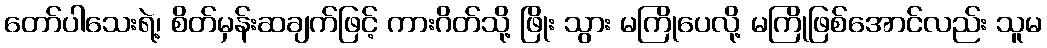
တော်ပါသေးရဲ့၊ စိတ်မှန်းဆချက်ဖြင့် ကားဂိတ်သို့ ဖြိုး သွား မကြိုပေလို့ မကြိုဖြစ်အောင်လည်း သူမ